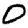
Digit: 0